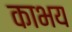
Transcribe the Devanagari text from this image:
काभय